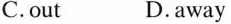
C.out D.away